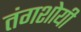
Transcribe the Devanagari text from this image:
तंगशोयी